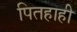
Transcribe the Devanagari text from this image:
पितहाही